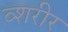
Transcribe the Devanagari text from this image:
व्शरीर